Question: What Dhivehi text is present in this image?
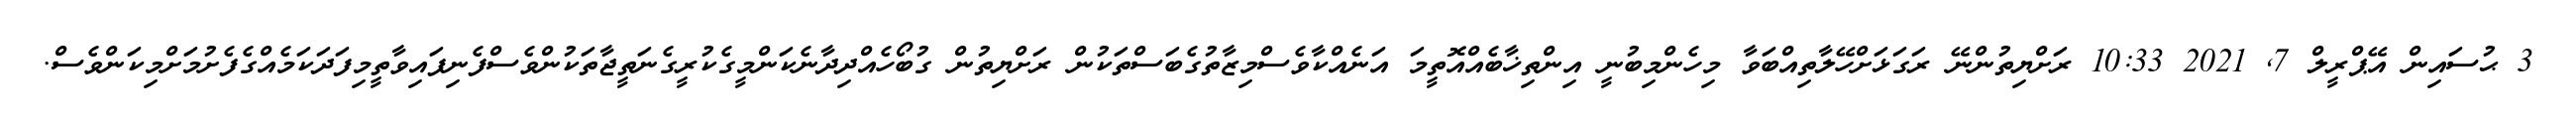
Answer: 3 ޙުސައިން އޭޕްރީލް 7, 2021 10:33 ރަށްޔިތުންނޭ ރަގަޅަށްހޭލާތިއްބަވާ މިހެންމިބުނީ އިންތިޚާބެއްއޮތީމަ އަނެއްކާވެސްމިޒާތުގެބަސްތަކުން ރަށްޔިތުން ގުބޯހެއްދިދާނެކަންމީގެކުރީގެނަތީޖާތަކުންވެސްފެނިފައިވާތީމިފަދަކަމެއްގެފެށުމަށްމިކަންވެސް.